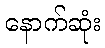
နောက်ဆုံး